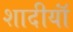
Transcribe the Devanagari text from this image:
शादीयाॅं